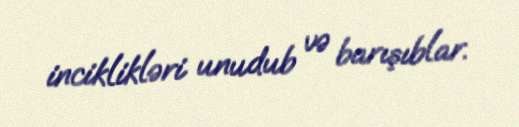
inciklikləri unudub və barışıblar.